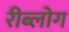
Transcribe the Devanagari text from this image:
रीब्लोग